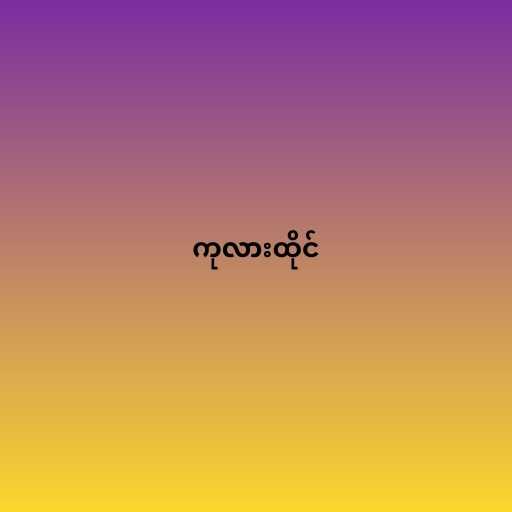
ကုလားထိုင်